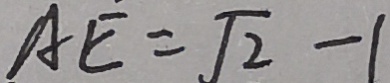
A E = \sqrt { 2 } - 1